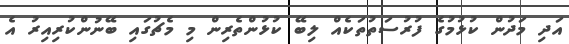
އަދި މަދުން ކުޅުމުގެ ފުރުސަތުތަކެއް ލިބޭ ކުޅުންތެރިން މި މެޗުގައި ބޭނުންކުރިއިރު އެ